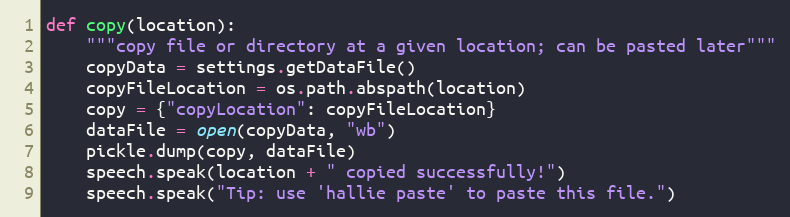
Language: Python
def copy(location):
	"""copy file or directory at a given location; can be pasted later"""
	copyData = settings.getDataFile()
	copyFileLocation = os.path.abspath(location)
	copy = {"copyLocation": copyFileLocation}
	dataFile = open(copyData, "wb")
	pickle.dump(copy, dataFile)
	speech.speak(location + " copied successfully!")
	speech.speak("Tip: use 'hallie paste' to paste this file.")